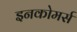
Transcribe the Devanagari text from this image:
इनकोमर्स